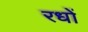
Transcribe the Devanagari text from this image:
रधों